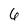
Character: 6